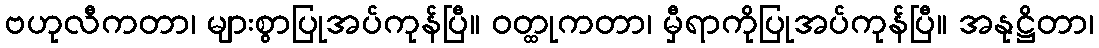
ဗဟုလီကတာ၊ များစွာပြုအပ်ကုန်ပြီ။ ဝတ္ထုကတာ၊ မှီရာကိုပြုအပ်ကုန်ပြီ။ အနုဋ္ဌိတာ၊